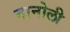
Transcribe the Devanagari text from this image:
नानोली